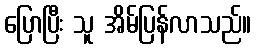
ပြောပြီး သူ အိမ်ပြန်လာသည်။